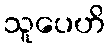
သူပေဟိ